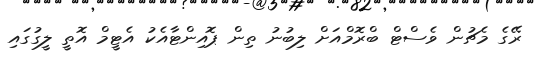
ރޭގެ މެޗުން ވެސްޓް ބްރޮމްއަށް ލިބުނު ތިން ޕޮއިންޓާއެކު އެޓީމް އޮތީ ލީގުގައި